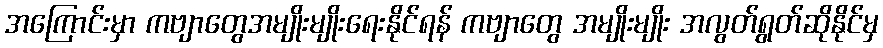
အကြောင်းမှာ ကဗျာတွေအမျိုးမျိုးရေးနိုင်ရန် ကဗျာတွေ အမျိုးမျိုး အလွတ်ရွတ်ဆိုနိုင်မှ